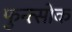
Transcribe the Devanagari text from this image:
फुन्त्सोक